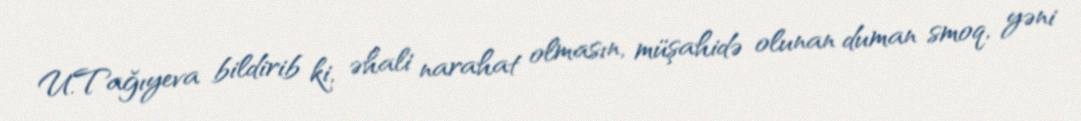
U.Tağıyeva bildirib ki, əhali narahat olmasın, müşahidə olunan duman smoq, yəni